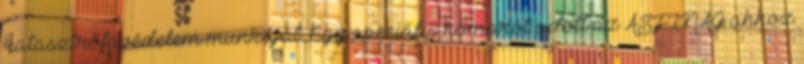
katasztrófavédelem munkáját. Egy speciális hómarót adott az ASFINAG ahhoz